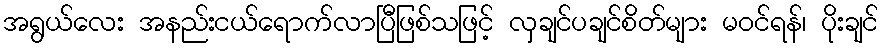
အရွယ်လေး အနည်းငယ်ရောက်လာပြီဖြစ်သဖြင့် လှချင်ပချင်စိတ်များ မဝင်ရန်၊ ပိုးချင်